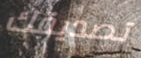
تصديقك